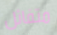
متفائل